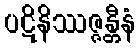
ပဋိနိဿဇ္ဇန္တီနံ